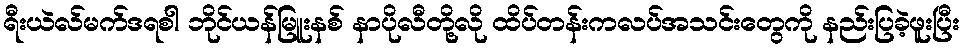
ရီးယဲလ်မက်ဒရစါ ဘိုင်ယန်မြူးနစ် နာပိုလီတို့လို ထိပ်တန်းကလပ်အသင်းတွေကို နည်းပြခဲ့ဖူးပြီး